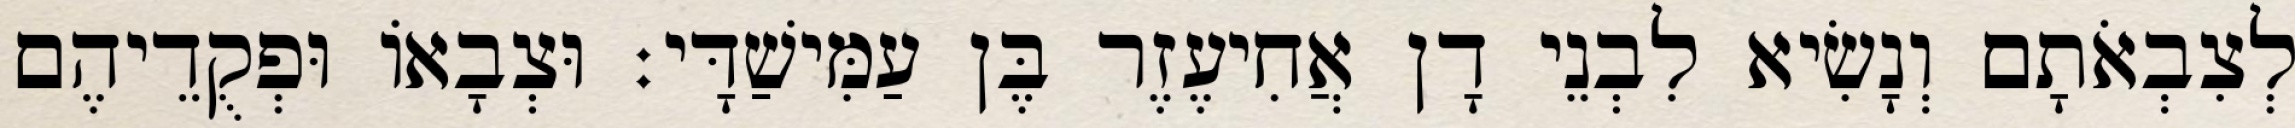
לְצִבְאֹתָם וְנָשִׂיא לִבְנֵי דָן אֲחִיעֶזֶר בֶּן עַמִּישַׁדָּי׃ וּצְבָאוֹ וּפְקֻדֵיהֶם